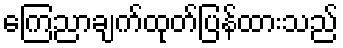
ကြေညာချက်ထုတ်ပြန်ထားသည်